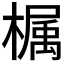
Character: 𣚚